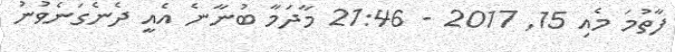
ފާތުމަ މެއި 15